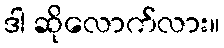
ဒါ ဆိုလောက်လား။